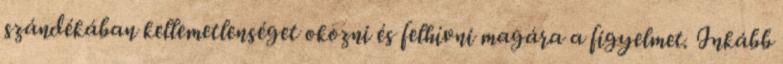
szándékában kellemetlenséget okozni és felhívni magára a figyelmet. Inkább